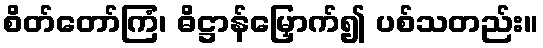
စိတ်တော်ကြံ၊ ဓိဋ္ဌာန်မြှောက်၍ ပစ်သတည်း။